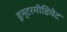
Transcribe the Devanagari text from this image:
इन्टरमीडियेट